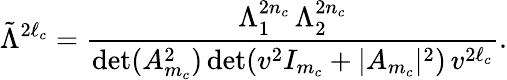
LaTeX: \tilde{\Lambda}^{2\ell_{c}}={\frac{\Lambda_{1}^{2n_{c}}\, \Lambda_{2}^{2n_{c}}}{\operatorname*{det}(A_{m_{c}}^{2})\operatorname*{det}(v^{2}I_{m_{c}}+|A_{m_{c}}|^{2})\, v^{2\ell_{c}}}}.